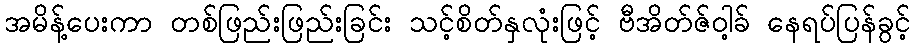
အမိန့်ပေးကာ တစ်ဖြည်းဖြည်းခြင်း သင့်စိတ်နှလုံးဖြင့် ဗီအိတ်ဇ်ဝါ့ခ် နေရပ်ပြန်ခွင့်